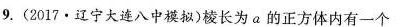
9.(2017\cdot 辽宁大连八中模拟)棱长为a的正方体内有一个